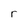
Character: r